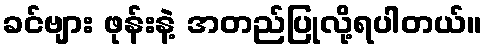
ခင်ဗျား ဖုန်းနဲ့ အတည်ပြုလို့ရပါတယ်။